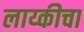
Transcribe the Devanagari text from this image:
लाय्कीचा